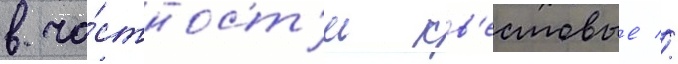
в ча́стност'и кв'естовые //